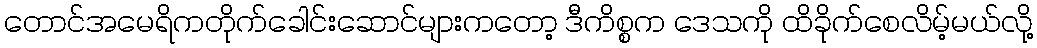
တောင်အမေရိကတိုက်ခေါင်းဆောင်များကတော့ ဒီကိစ္စက ဒေသကို ထိခိုက်စေလိမ့်မယ်လို့